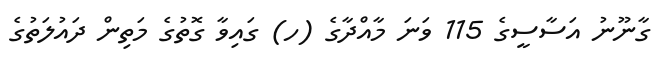
ގާނޫނު އަސާސީގެ 115 ވަނަ މާއްދާގެ (ހ) ގައިވާ ގޮތުގެ މަތިން ދައުލަތުގެ